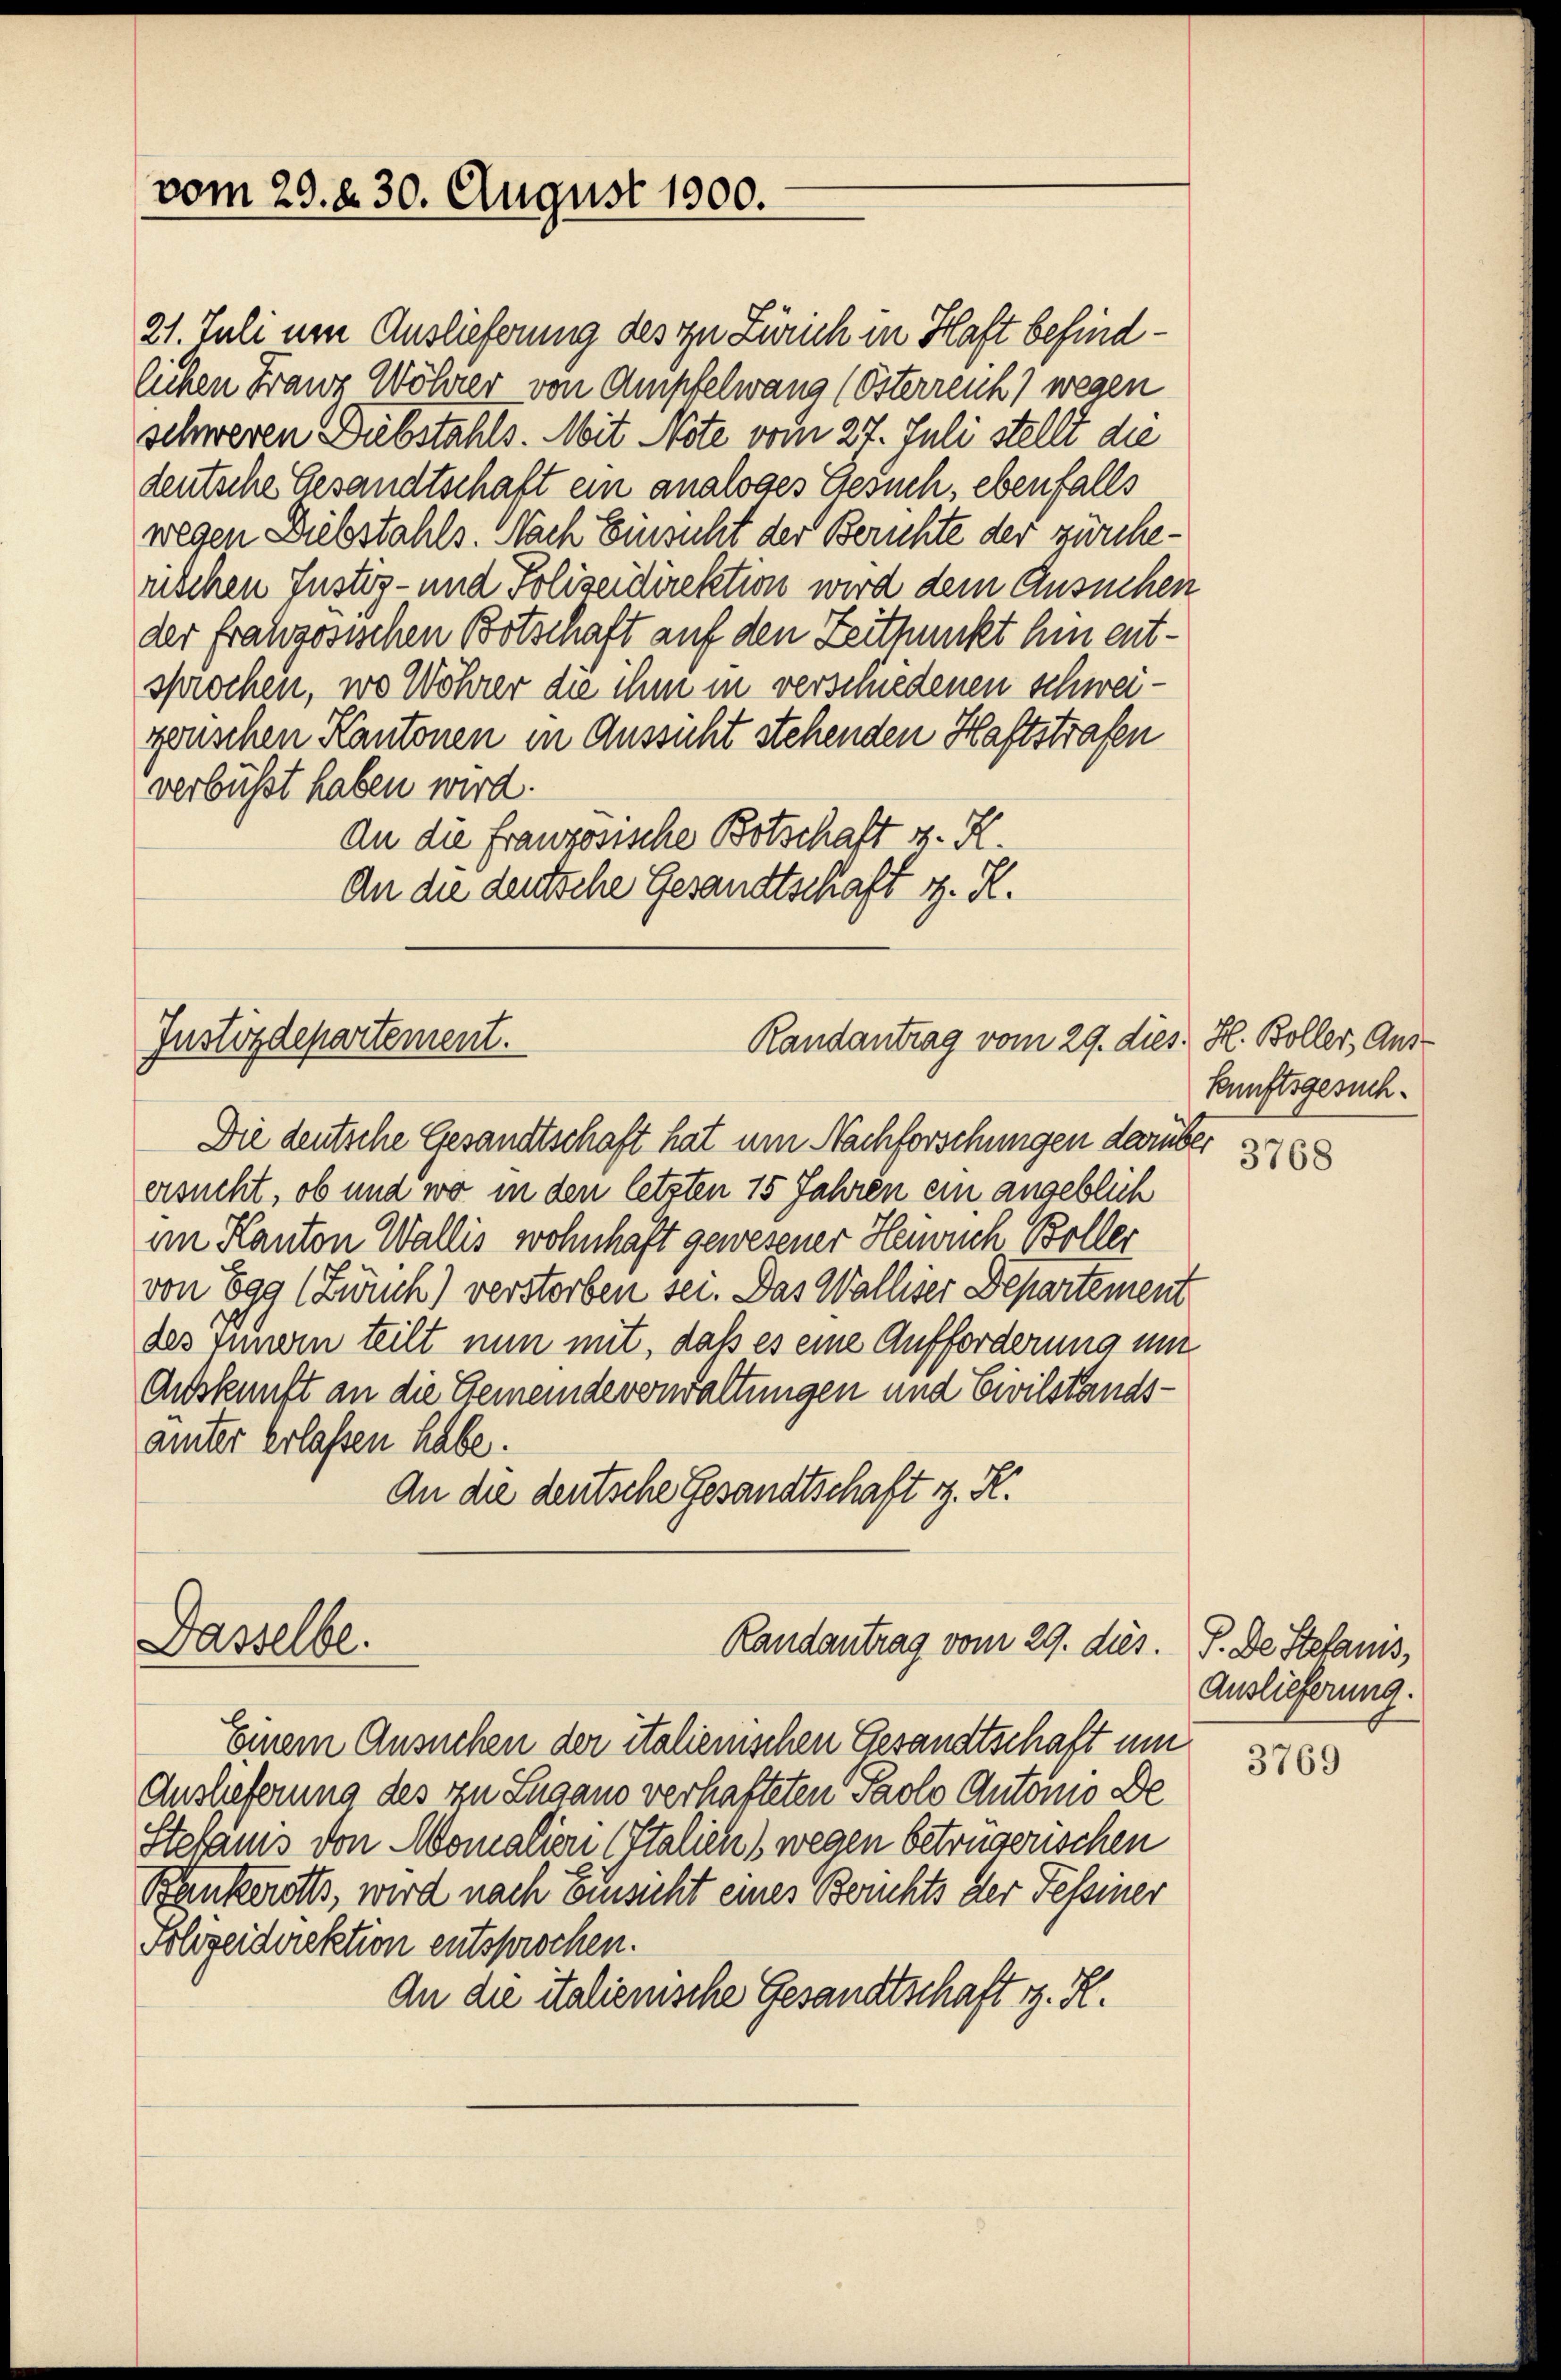
vom 29. d. 30. August 1900.

21. Juli um Auslieferung des in Zürich in Haft befindlichen Franz Wöhrer von Ampfelwang (Österreich) wegen
schweren Diebstahls. Mit Note vom 27. Juli stellt die
deutsche Gesandtschaft ein analoges Gesuch, ebenfalls
wegen Diebstahls. Nach Einsicht der Berichte der zürcherischen Justiz- und Polizeidirektion wird dem Ansuchen
der französischen Botschaft auf den Zeitpunkt hin entsprochen, wo Wöhrer die ihm in verschiedenen schweigonschen Kantonen in Aussicht stehenden Haftstrafen
verbüsst haben wird.
an die französische Botschaft z. K.
An die deutsche Gesandtschaft z. R.

Justizdepartement.
Randantrag vom 29. dies: H. Boller, And

Dasselbe.

Randantrag vom 29. dies.

Einem Ansuchen der italienischen Gesandtschaft um
Auslieferung des zu Lugano verhafteten Paolo Automo De
Sterams von Monation (Italien) wegen betrügerischen
Bankerotts, wird nach Einsicht eines Berichts der Tessiner
Polizeidirektion entsprochen.
An die italienische Gesandtschaft z. R.

kunftsgesuch.
3768

Die deutsche Gesandtschaft hat um Nachforschungen darüber
ersucht, ob und wo in den letzten 15 Jahren ein angeblich
am Kanton Wallis wohnhaft gewesener Henrich Boller
von Egg (Zürich) verstorben sei. Das Walliser Departement
des Innern teilt nun mit, daß es eine Aufforderung mit
Auskunft an die Gemeindeverwaltungen und Civilstandsämter erlassen habe.
An die deutsche Gesandtschaft z. K.

P. De Stefans,
Auslieferung.

3769